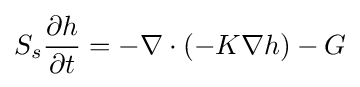
S_{s}{\frac {\partial h}{\partial t}}=-\nabla \cdot (-K\nabla h)-G